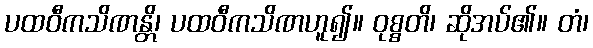
ပထဝီကသိဏန္တိ၊ ပထဝီကသိဏဟူ၍။ ဝုစ္စတိ၊ ဆိုအပ်၏။ တံ၊